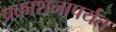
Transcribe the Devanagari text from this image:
प्रकाशनापर्यंत